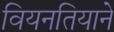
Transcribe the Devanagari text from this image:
वियनतियाने